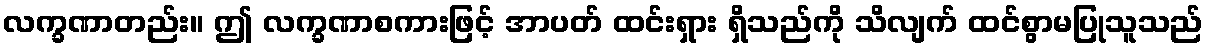
လက္ခဏာတည်း။ ဤ လက္ခဏာစကားဖြင့် အာပတ် ထင်းရှား ရှိသည်ကို သိလျက် ထင်စွာမပြုသူသည်